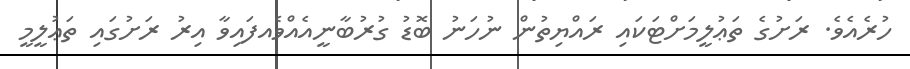
ހުރެއެވެ. ރަށުގެ ތަޢުލީމަށްޓަކައި ރައްޔިތުން ނުހަނު ބޮޑު ގުރުބާނީއެއްވެއފައިވާ އިރު ރަށުގައި ތަޢުލީމީ